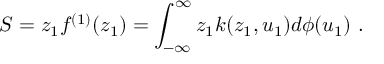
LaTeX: S = z _ { 1 } f ^ { ( 1 ) } ( z _ { 1 } ) = \int _ { - \infty } ^ { \infty } z _ { 1 } k ( z _ { 1 } , u _ { 1 } ) d { \phi } ( u _ { 1 } ) \ .